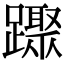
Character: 䠫